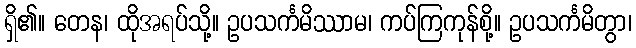
ရှိ၏။ တေန၊ ထိုအရပ်သို့။ ဥပသင်္ကမိဿာမ၊ ကပ်ကြကုန်စို့။ ဥပသင်္ကမိတွာ၊